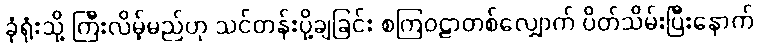
ခုံရုံးသို့ ကြီးလိမ့်မည်ဟု သင်တန်းပို့ချခြင်း စကြဝဠာတစ်လျှောက် ပိတ်သိမ်းပြီးနောက်